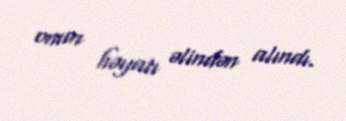
onun həyatı əlindən alındı.